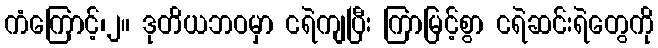
ကံကြောင့်၊၂။ ဒုတိယဘဝမှာ ငရဲကျပြီး ကြာမြင့်စွာ ငရဲဆင်းရဲတွေကို